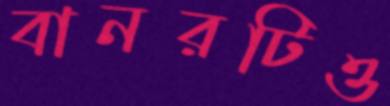
বানরটিও